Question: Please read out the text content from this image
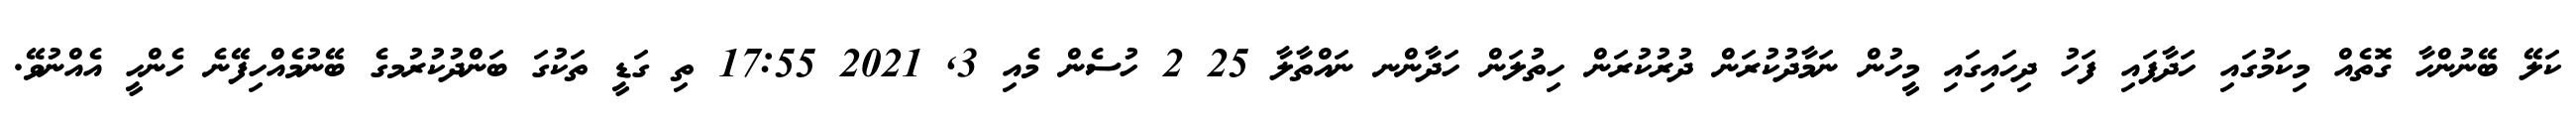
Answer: ކަލޭ ބޭނުންހާ ގޮތެއް މިކަމުގައި ހަދާފައި ފަހު ދިހައިގައި މީހުން ނަމާދުކުރަން ދުރުކުރަން ހިތުލަން ހަދާންނ ނައްތާލާ 25 2 ހުސެން މެއި 3, 2021 17:55 ތި ގަޑީ ތަކުގަ ބަންދުކުރުމގެ ބޭނުމެއްހިފޭނެ ހެންހީ އެއްނުވޭ.